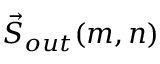
\vec { S } _ { o u t } ( m , n )